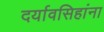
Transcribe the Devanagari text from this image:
दर्यावसिहांना